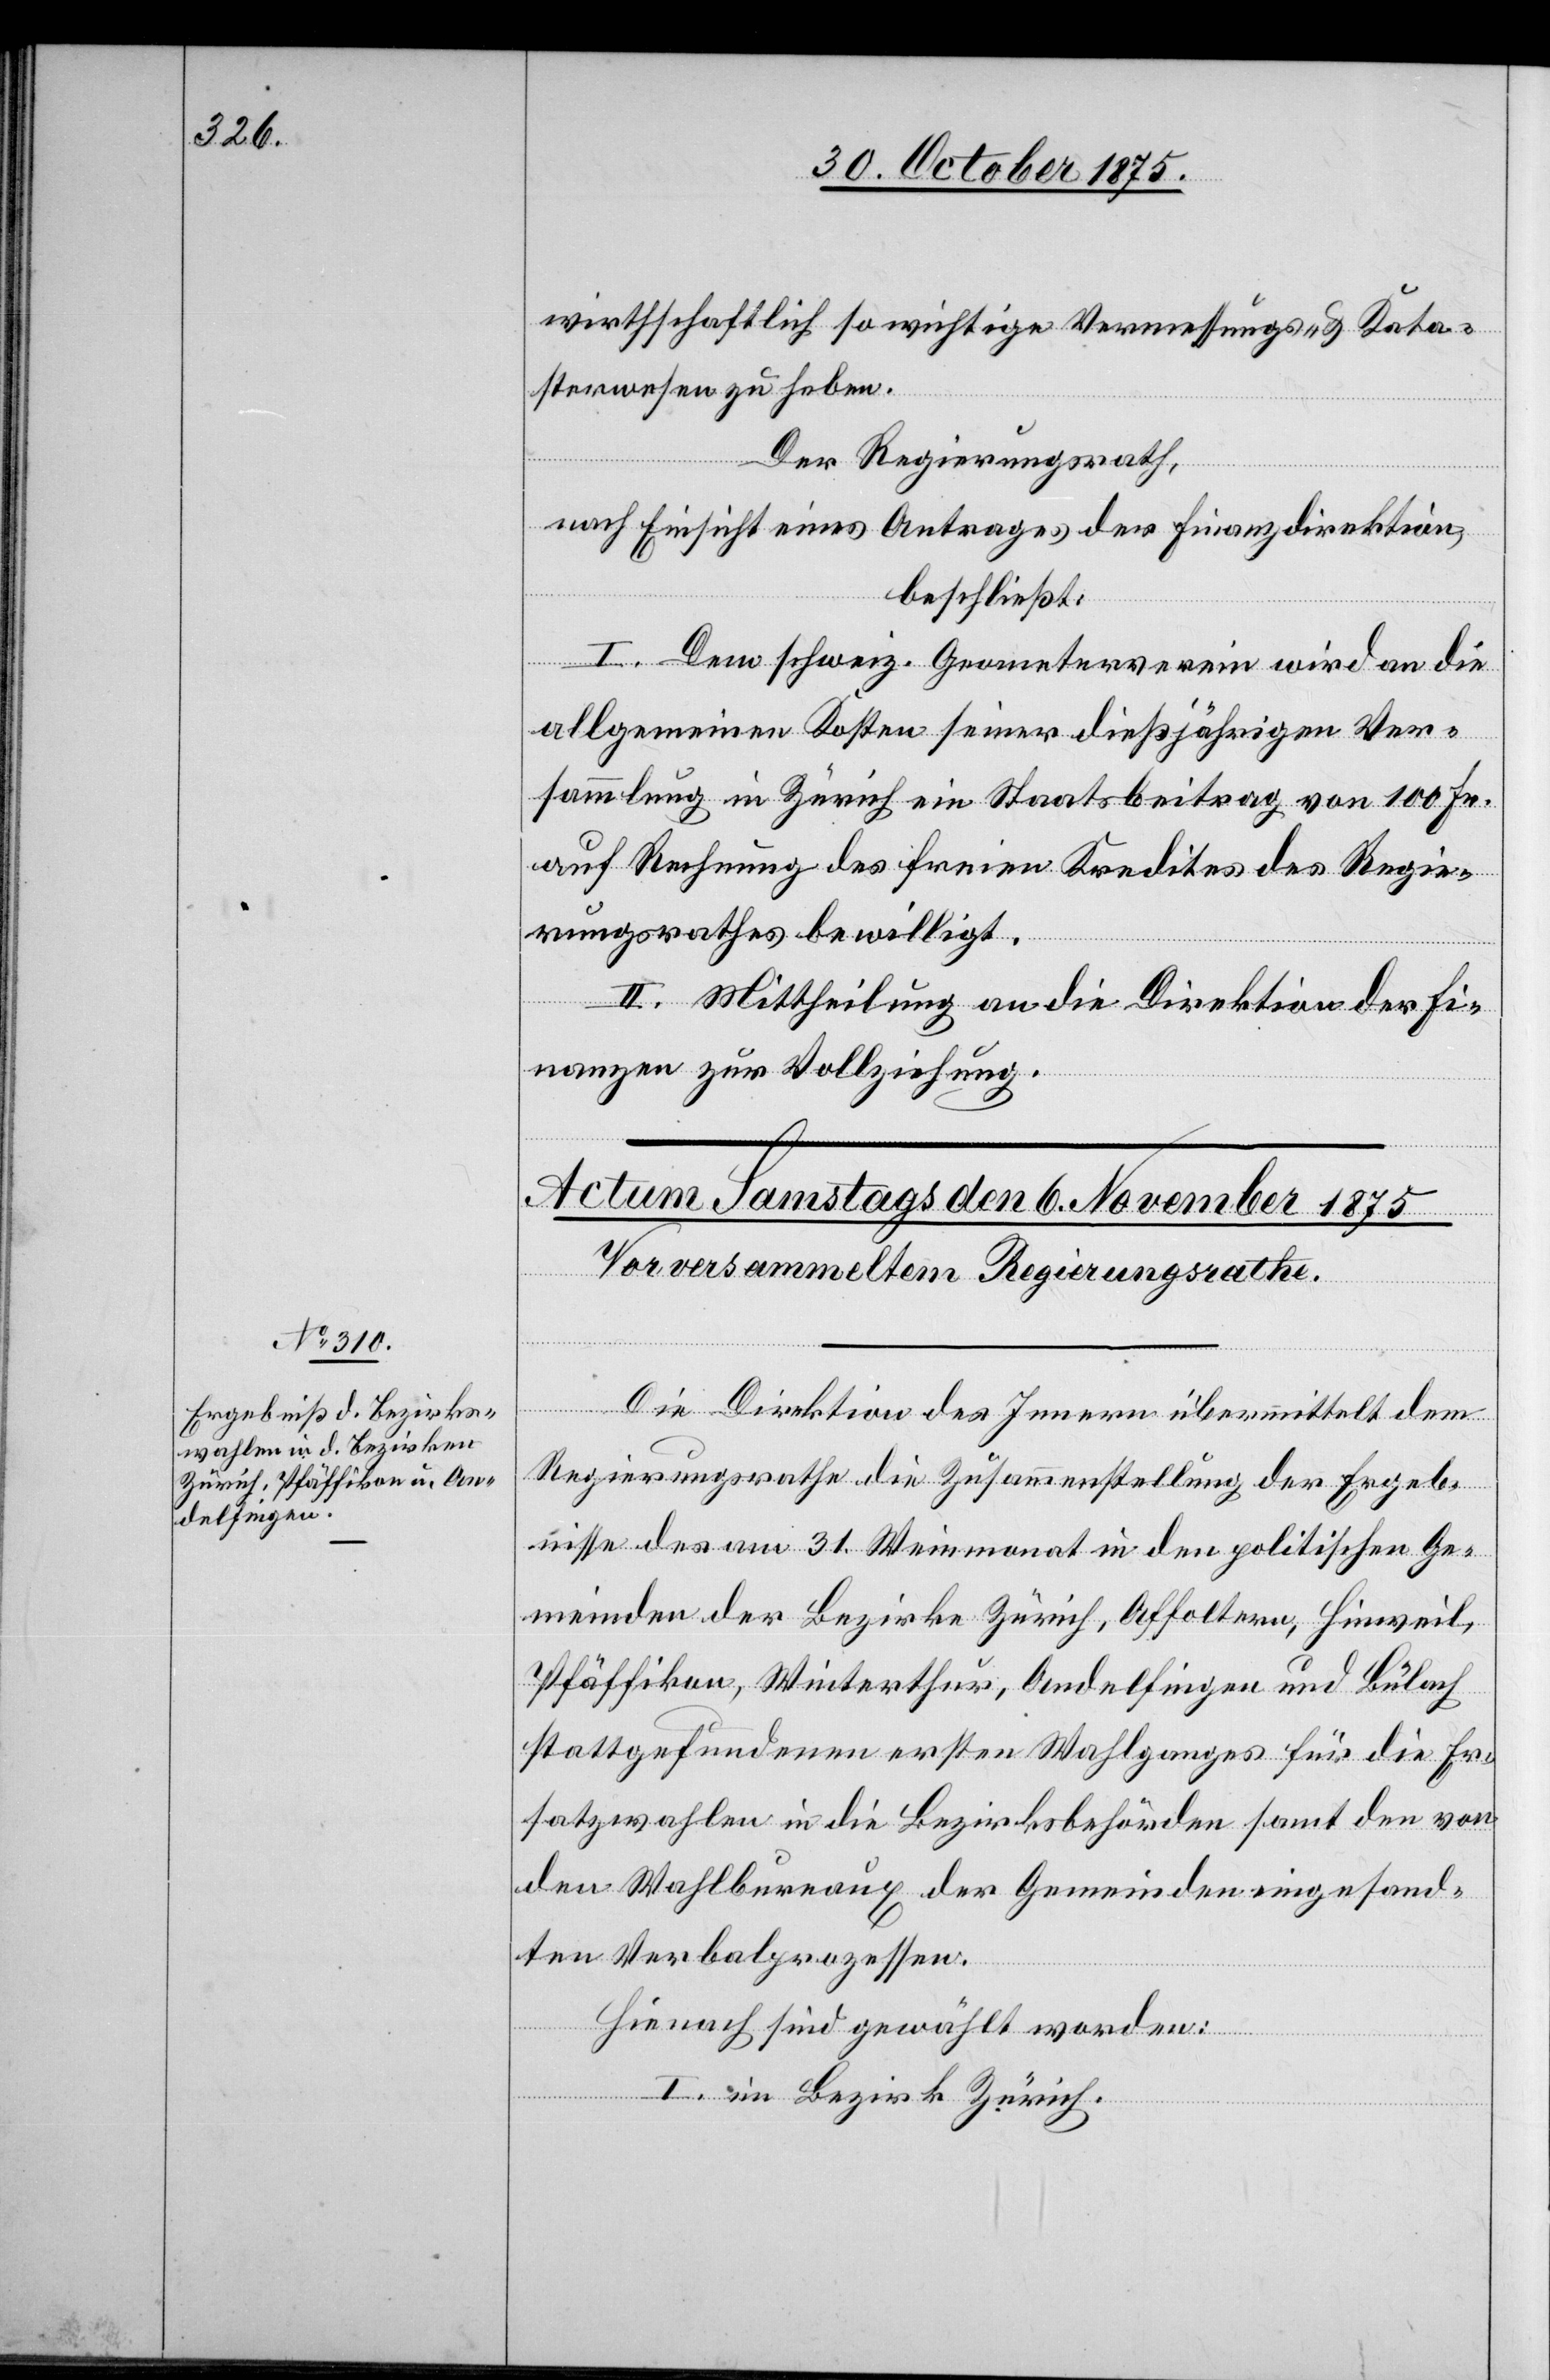
wirthschaftlich so wichtige Vermessungs- & Kata¬
sterwesen zu heben.
Der Regierungsrath,
nach Einsicht eines Antrages der Finanzdirektion,
beschließt:
I. Dem schweiz. Geometerverein wird an die
allgemeinen Kosten seiner dießjährigen Ver¬
sammlung in Zürich ein Staatsbeitrag von 100 Fr.
auf Rechnung des freien Kredites des Regie¬
rungsrathes bewilligt.
II. Mittheilung an die Direktion der Fi¬
nanzen zur Vollziehung.
Die Direktion des Innern übermittelt dem
Regierungsrathe die Zusammenstellung der Ergeb¬
nisse des am 31. Weinmonat in den politischen Ge¬
meinden der Bezirke Zürich, Affoltern, Hinweil,
Pfäffikon, Winterthur, Andelfingen und Bülach
stattgefundenen ersten Wahlganges für die Er¬
satzwahlen in die Bezirksbehörden sam[m]t den von
den Wahlbureaux der Gemeinden eingesand¬
ten Verbalprozessen.
Hienach sind gewählt worden:
I. im Bezirk Zürich.